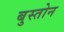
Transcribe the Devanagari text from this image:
बुस्तोन